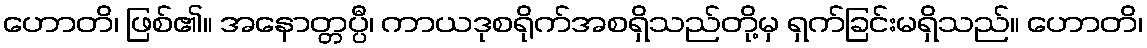
ဟောတိ၊ ဖြစ်၏။ အနောတ္တပ္ပီ၊ ကာယဒုစရိုက်အစရှိသည်တို့မှ ရှက်ခြင်းမရှိသည်။ ဟောတိ၊